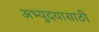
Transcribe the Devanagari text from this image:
अभ्युदयासाठी